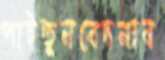
পাইতুনবেদনাব